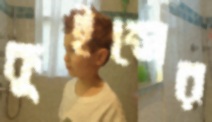
কুইন্সের